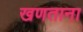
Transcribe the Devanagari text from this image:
खणताना